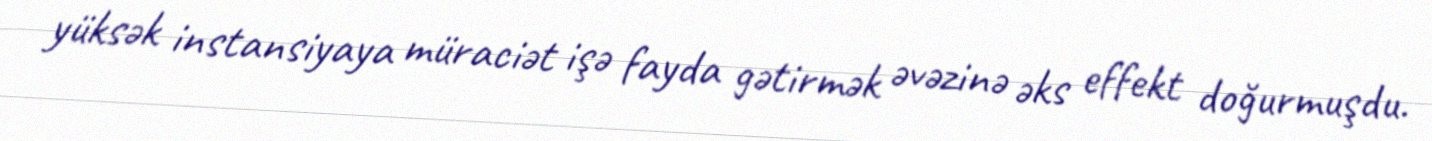
yüksək instansiyaya müraciət işə fayda gətirmək əvəzinə əks effekt doğurmuşdu.